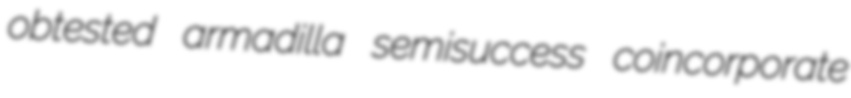
obtested armadilla semisuccess coincorporate